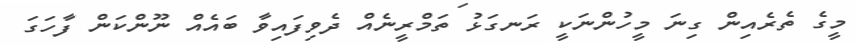
މީގެ ތެރެއިން ގިނަ މީހުންނަކީ ރަނގަޅު ތަމްރީނެއް ދެވިފައިވާ ބައެއް ނޫންކަން ފާހަގަ